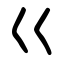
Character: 巜